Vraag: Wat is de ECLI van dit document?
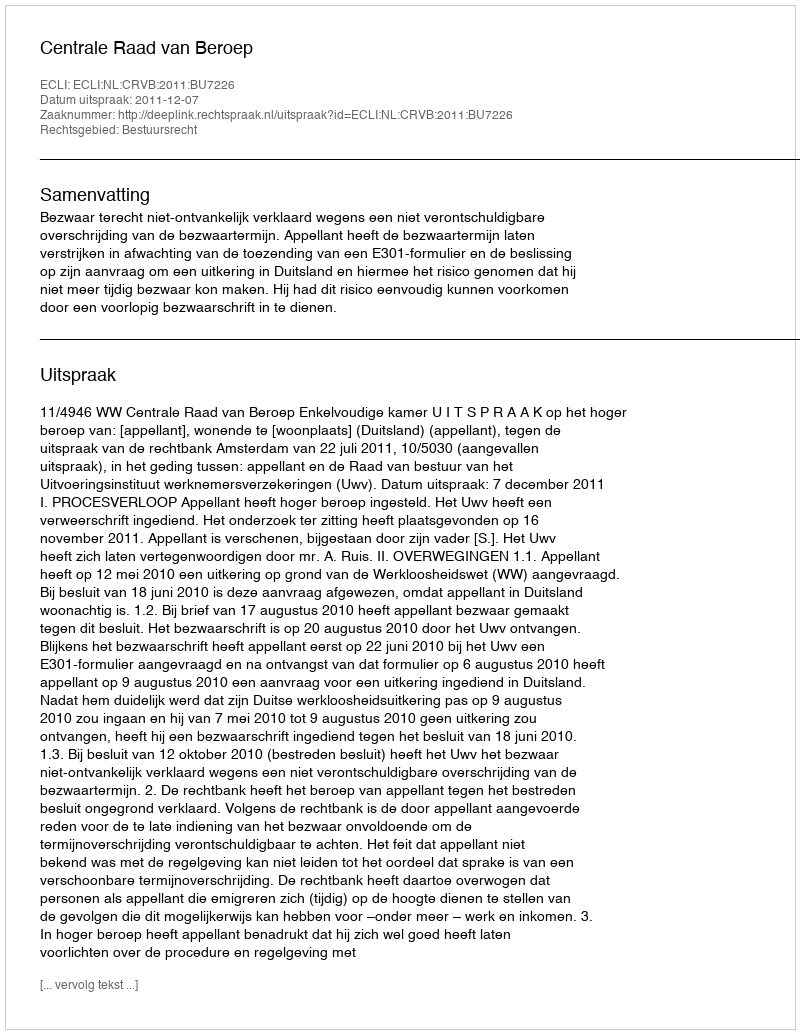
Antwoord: ECLI:NL:CRVB:2011:BU7226